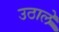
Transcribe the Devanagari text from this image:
उठाले